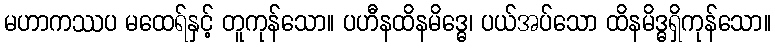
မဟာကဿပ မထေရ်နှင့် တူကုန်သော။ ပဟီနထိနမိဒ္ဓေ၊ ပယ်အပ်သော ထိနမိဒ္ဓရှိကုန်သော။